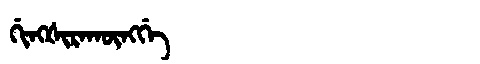
Manchu: ᡤᡳᠩᡧᡳᡵᠠᡴᡡᠩᡤᡝ
Romanization: GINGŠIRAKŪNGGE